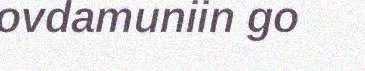
ovdamuniin go